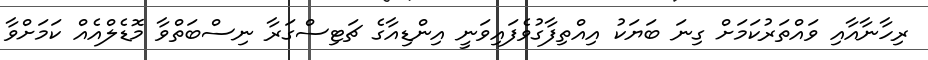
ރިހާނާއާއި ވައްތަރުކަމަށް ގިނަ ބަޔަކު އިއްްތިފާގުވެފައިވަނީ އިންޑިއާގެ ޗަޓިސްގަރާ ނިސްބަތްވާ މޮޑެލްއެއް ކަމަށްވާ